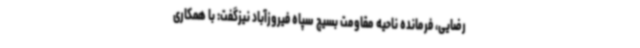
رضایی، فرمانده ناحیه مقاومت بسیج سپاه فیروزآباد نیزگفت: با همکاری